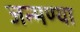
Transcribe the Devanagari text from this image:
जन्मण्या